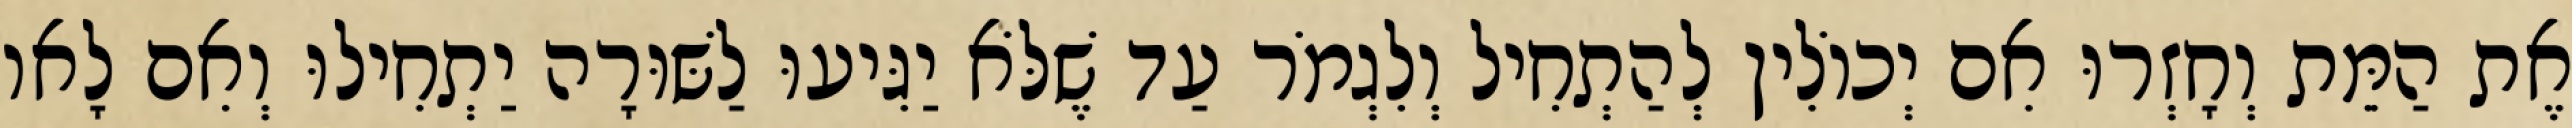
אֶת הַמֵּת וְחָזְרוּ אִם יְכוֹלִין לְהַתְחִיל וְלִגְמֹר עַד שֶׁלֹּא יַגִּיעוּ לַשּׁוּרָה יַתְחִילוּ וְאִם לָאו